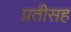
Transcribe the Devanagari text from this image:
प्रतीसह